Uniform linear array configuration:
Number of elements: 64
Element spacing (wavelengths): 0.25
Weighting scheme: uniform
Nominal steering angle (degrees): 0
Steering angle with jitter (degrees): -1.295
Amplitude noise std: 0.05
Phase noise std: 0.05

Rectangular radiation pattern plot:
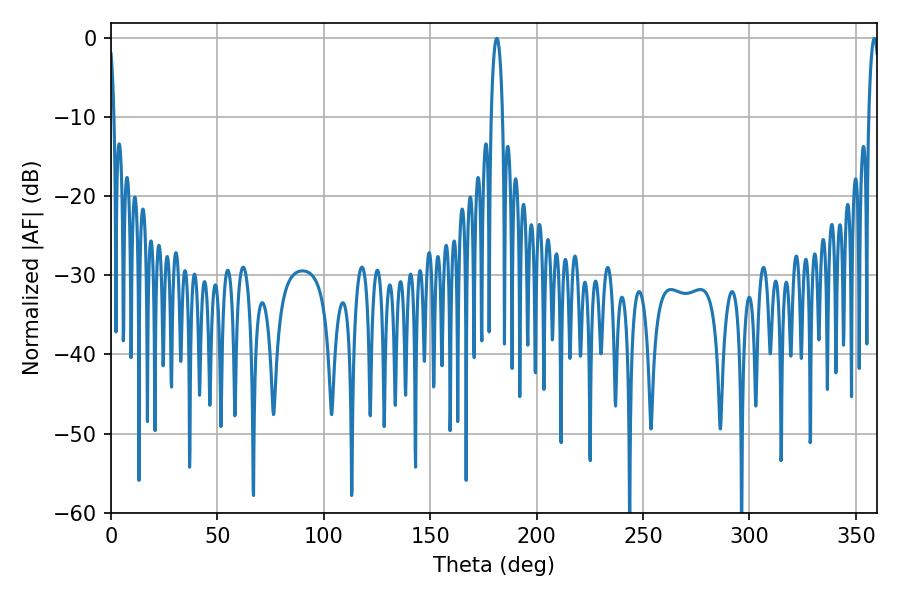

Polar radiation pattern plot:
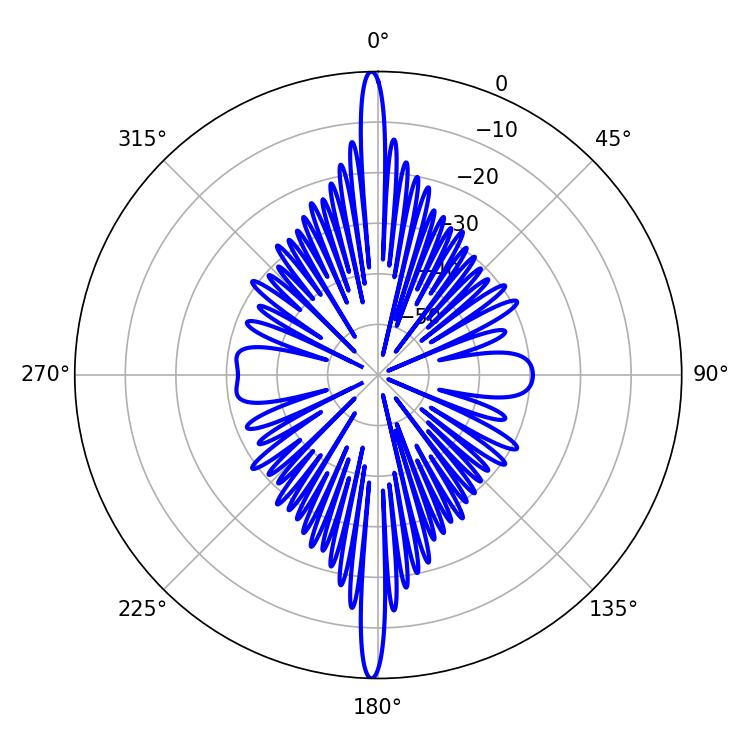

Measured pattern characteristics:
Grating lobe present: FALSE
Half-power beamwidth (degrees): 3.06
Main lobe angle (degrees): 181.26